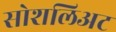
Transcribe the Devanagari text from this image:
सोशलिअट